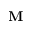
\mathbf { M }